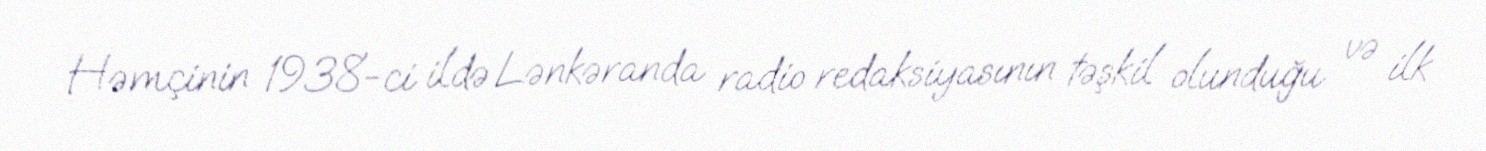
Həmçinin 1938-ci ildə Lənkəranda radio redaksiyasının təşkil olunduğu və ilk